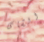
الشاى